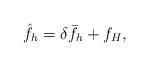
LaTeX: \begin{align*} \hat{f}_h = \delta \bar{f}_h + f_H,\end{align*}